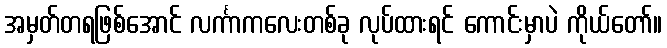
အမှတ်တရဖြစ်အောင် လင်္ကာကလေးတစ်ခု လုပ်ထားရင် ကောင်းမှာပဲ ကိုယ်တော်။